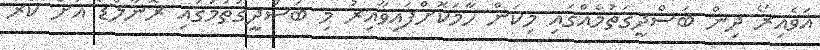
އަވެއިރޯ ދިން ބަސްދީގަތުމެއްގައި މިކަން ހާމަކޮށްފައިވާއިރު މި ބަސްދީގަތުމުގައި ރޮނާލްޑޯ އަށް ކުރާ